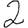
Digit: 2